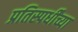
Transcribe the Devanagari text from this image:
प्रतिस्पर्धींच्या